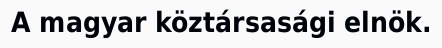
A magyar köztársasági elnök.